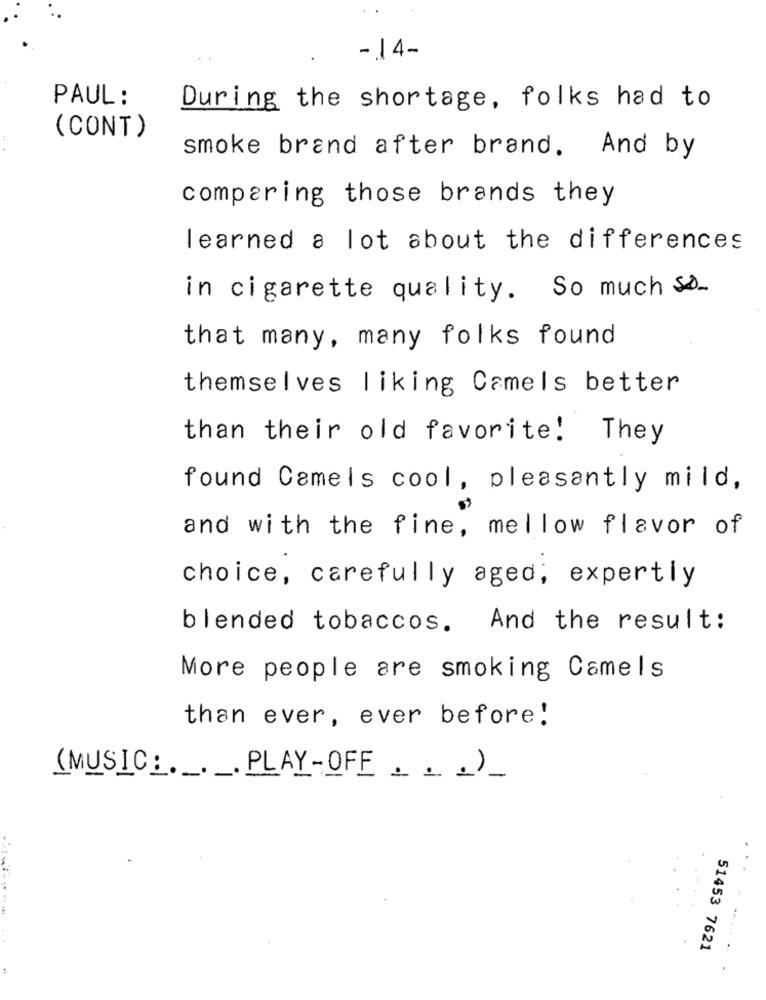
- 14-
PAUL :
During the shortage, folks had to
(CONT)
smoke brand after brand. And by
comparing those brands they
learned a lot about the differences
in cigarette quality. So much .
that many, many folks found
themselves liking Camels better
than their old favorite! They
found Camels cool, pleasantly mild,
and with the fine, mellow flavor of
choice, carefully aged, expertly
blended tobaccos. And the result:
More people are smoking Camels
than ever, ever before!
(MUSIC:PLAY-OFF .. )
51453 7621